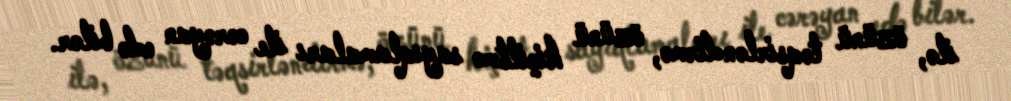
ilə, özünü təqsirləndirmə, özünü kiçiltmə sayıqlamaları ile cərəyan edə bilər.